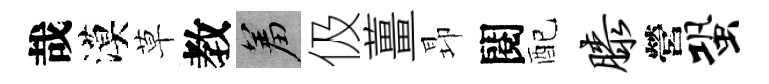
哉漠草教羞伋薑昻閱配膝營蛩